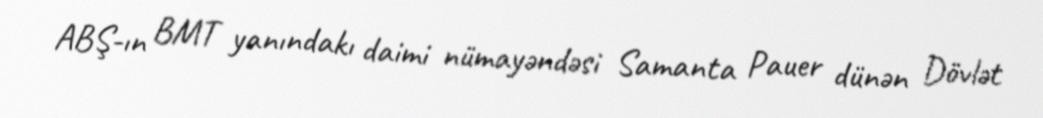
ABŞ-ın BMT yanındakı daimi nümayəndəsi Samanta Pauer dünən Dövlət